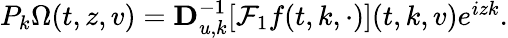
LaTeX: \begin{array}{r}{P_{k}\Omega(t,z,v)=\mathbf{D}_{u,k}^{-1}[\mathcal{F}_{1}f(t,k,\cdot)](t,k,v)e^{izk}.}\end{array}